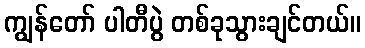
ကျွန်တော် ပါတီပွဲ တစ်ခုသွားချင်တယ်။